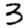
Digit: 3